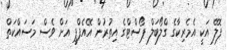
ފޮލޭ އަކީ އެމެރިކާގެ ގްލޯބަލް ޕޯސްޓްގެ އިތުރުން އޭއެފްޕީ އަށް ވެސް މަސައްކަތް